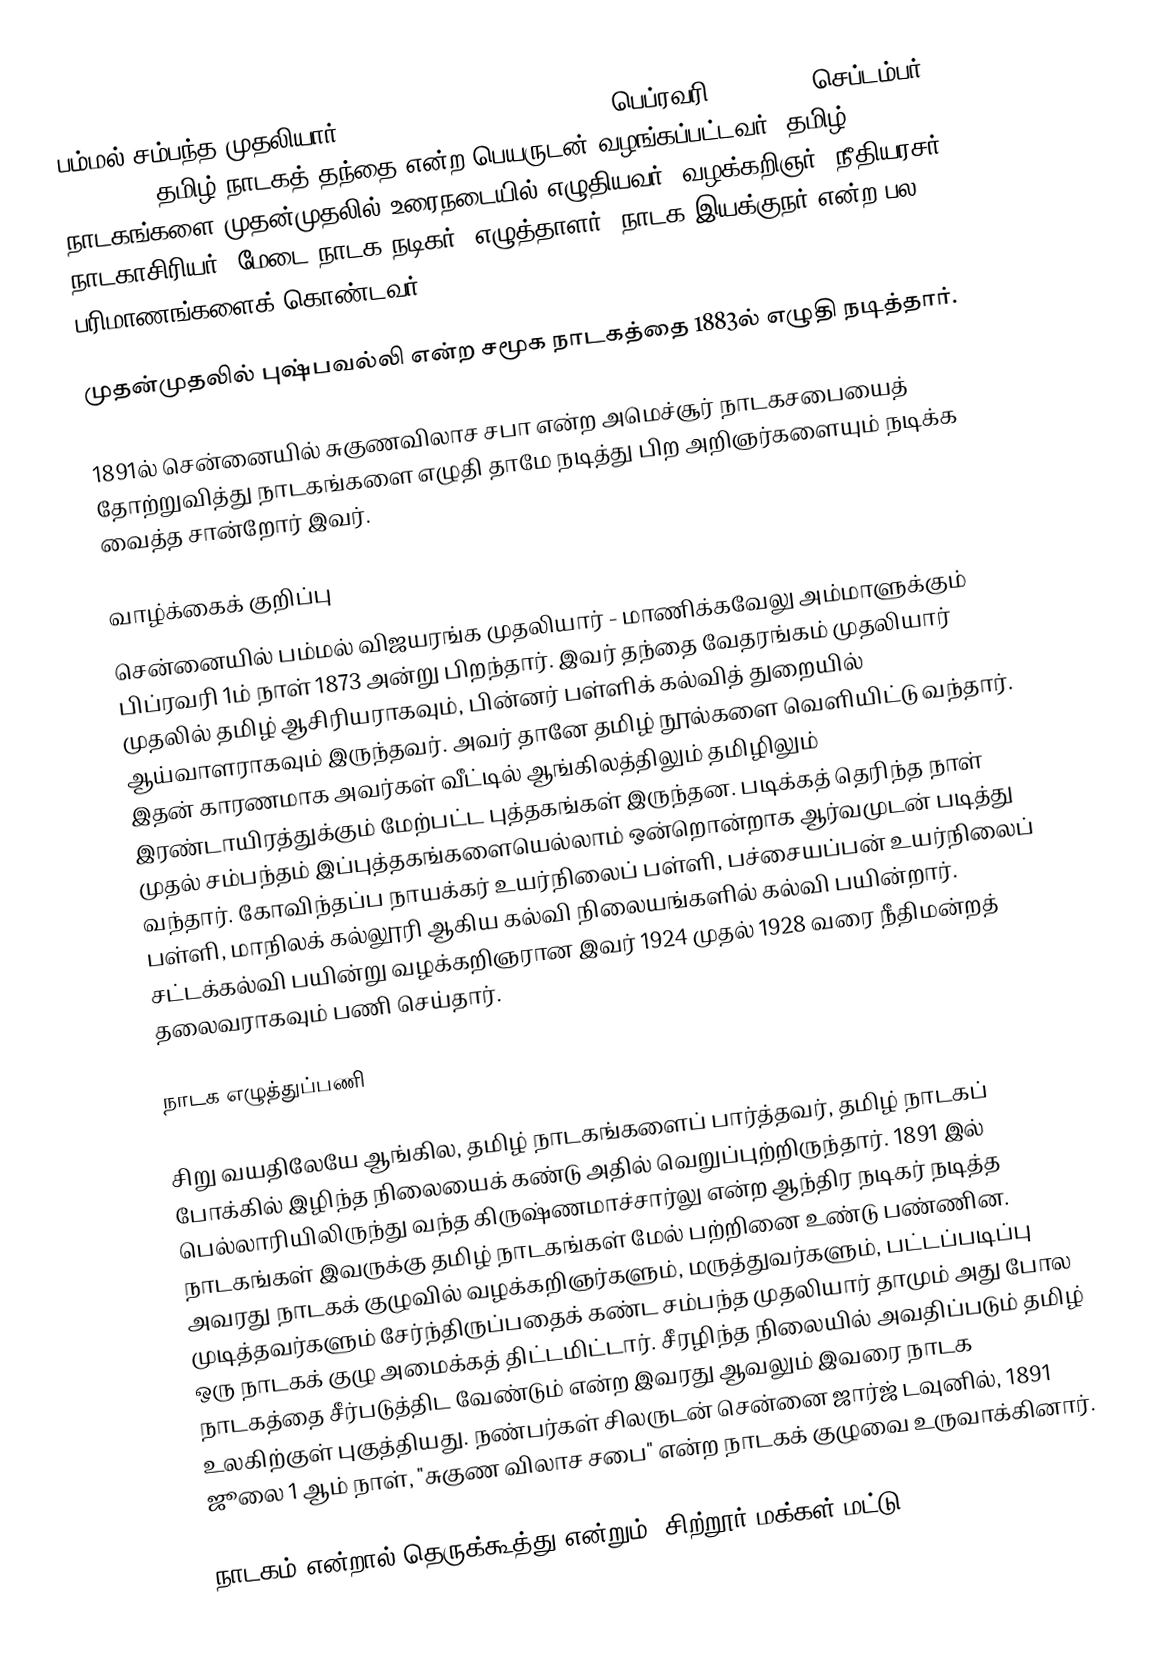
பம்மல் சம்பந்த முதலியார் (Pammal Sambandha Mudaliar, பெப்ரவரி 1, 1873 – செப்டம்பர் 24, 1964) தமிழ் நாடகத் தந்தை என்ற பெயருடன் வழங்கப்பட்டவர். தமிழ் நாடகங்களை முதன்முதலில் உரைநடையில் எழுதியவர். வழக்கறிஞர், நீதியரசர், நாடகாசிரியர், மேடை நாடக நடிகர், எழுத்தாளர், நாடக இயக்குநர் என்ற பல பரிமாணங்களைக் கொண்டவர்.

முதன்முதலில் புஷ்பவல்லி என்ற சமூக நாடகத்தை 1883ல் எழுதி நடித்தார்.

1891ல் சென்னையில் சுகுணவிலாச சபா என்ற அமெச்சூர் நாடகசபையைத் தோற்றுவித்து நாடகங்களை எழுதி தாமே நடித்து பிற அறிஞர்களையும் நடிக்க வைத்த சான்றோர் இவர்.

வாழ்க்கைக் குறிப்பு
சென்னையில் பம்மல் விஜயரங்க முதலியார் - மாணிக்கவேலு  அம்மாளுக்கும்  பிப்ரவரி 1ம் நாள் 1873 அன்று பிறந்தார். இவர் தந்தை வேதரங்கம் முதலியார் முதலில் தமிழ் ஆசிரியராகவும், பின்னர் பள்ளிக் கல்வித் துறையில் ஆய்வாளராகவும்  இருந்தவர். அவர் தானே தமிழ் நூல்களை வெளியிட்டு வந்தார். இதன் காரணமாக அவர்கள் வீட்டில் ஆங்கிலத்திலும் தமிழிலும் இரண்டாயிரத்துக்கும் மேற்பட்ட புத்தகங்கள் இருந்தன. படிக்கத் தெரிந்த நாள் முதல் சம்பந்தம் இப்புத்தகங்களையெல்லாம் ஒன்றொன்றாக ஆர்வமுடன் படித்து வந்தார். கோவிந்தப்ப நாயக்கர் உயர்நிலைப் பள்ளி, பச்சையப்பன் உயர்நிலைப் பள்ளி, மாநிலக் கல்லூரி ஆகிய கல்வி நிலையங்களில் கல்வி பயின்றார். சட்டக்கல்வி பயின்று வழக்கறிஞரான இவர் 1924 முதல் 1928 வரை நீதிமன்றத் தலைவராகவும் பணி செய்தார்.

நாடக எழுத்துப்பணி

சிறு வயதிலேயே ஆங்கில, தமிழ் நாடகங்களைப் பார்த்தவர், தமிழ் நாடகப் போக்கில் இழிந்த நிலையைக் கண்டு அதில் வெறுப்புற்றிருந்தார். 1891 இல் பெல்லாரியிலிருந்து வந்த கிருஷ்ணமாச்சார்லு என்ற ஆந்திர நடிகர் நடித்த நாடகங்கள் இவருக்கு தமிழ் நாடகங்கள் மேல் பற்றினை உண்டு பண்ணின. அவரது  நாடகக் குழுவில் வழக்கறிஞர்களும், மருத்துவர்களும், பட்டப்படிப்பு முடித்தவர்களும் சேர்ந்திருப்பதைக் கண்ட சம்பந்த முதலியார் தாமும் அது போல ஒரு நாடகக் குழு அமைக்கத் திட்டமிட்டார். சீரழிந்த நிலையில் அவதிப்படும் தமிழ் நாடகத்தை சீர்படுத்திட வேண்டும் என்ற இவரது ஆவலும் இவரை நாடக உலகிற்குள் புகுத்தியது. நண்பர்கள் சிலருடன் சென்னை ஜார்ஜ் டவுனில், 1891 ஜூலை 1 ஆம் நாள், "சுகுண விலாச சபை" என்ற நாடகக் குழுவை உருவாக்கினார்.

நாடகம் என்றால் தெருக்கூத்து என்றும், சிற்றூர் மக்கள் மட்டு